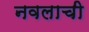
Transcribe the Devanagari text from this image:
नवलाची